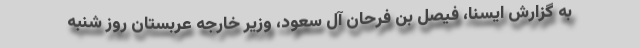
به گزارش ایسنا، فیصل بن فرحان آل سعود، وزیر خارجه عربستان روز شنبه